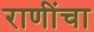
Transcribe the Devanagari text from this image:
राणींचा